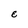
Character: E